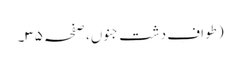
(طوافِ دشتِ جنوں، صفحہ ۳۵۔